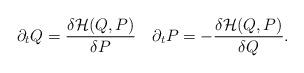
LaTeX: \begin{align*}\partial_tQ=\frac{\delta {\cal H}(Q,P)}{\delta P}\quad \partial_tP=-\frac{\delta {\cal H}(Q,P)}{\delta Q}.\end{align*}